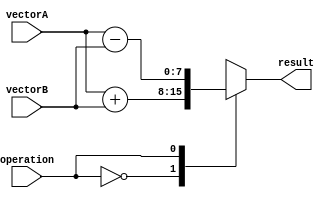
module VectorALU (
    input [7:0] vectorA,
    input [7:0] vectorB,
    input operation,
    output reg [7:0] result
);

always @(*)
begin
    case(operation)
        0: result = vectorA + vectorB; // Addition
        1: result = vectorA - vectorB; // Subtraction
        2: result = vectorA * vectorB; // Multiplication
        3: result = vectorA / vectorB; // Division
        4: result = vectorA & vectorB; // Bit-wise AND
        5: result = vectorA | vectorB; // Bit-wise OR
        6: result = vectorA ^ vectorB; // Bit-wise XOR
        7: result = vectorA << vectorB; // Shift left
        8: result = vectorA >> vectorB; // Shift right
        default: result = 8'b0; // Default case
    endcase
end

endmodule